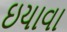
ઇયાવા